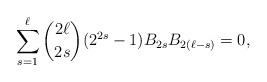
LaTeX: \begin{align*} \sum\limits_{s=1}^\ell {2\ell\choose 2s} (2^{2s}-1)B_{2s} B_{2(\ell-s)} = 0,\end{align*}